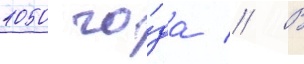
1050 го́да // В